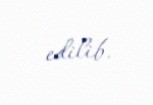
edilib.